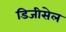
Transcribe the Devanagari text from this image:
डिजीसेल